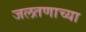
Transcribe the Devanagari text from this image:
जलतणाच्या